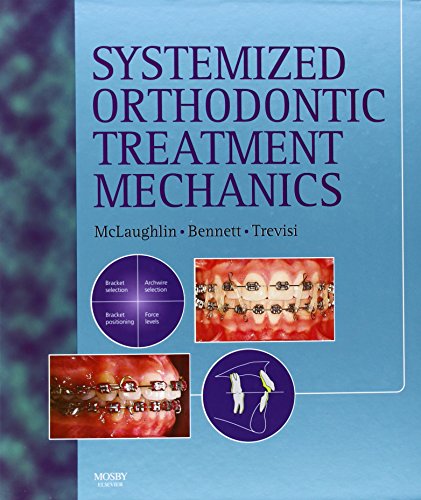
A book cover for Systemized Orthodontic Treatment Mechanics, 1e; Richard P. McLaughlin BS  DDS; Medical Books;